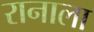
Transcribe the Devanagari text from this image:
रानाला